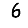
Digit: 6